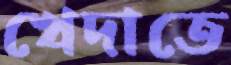
খেদাতে